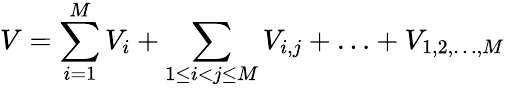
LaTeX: V=\sum_{i=1}^{M}V_{i}+\sum_{1\leq i<j\leq M}V_{i,j}+\dotsc+V_{1,2,\dotsc,M}